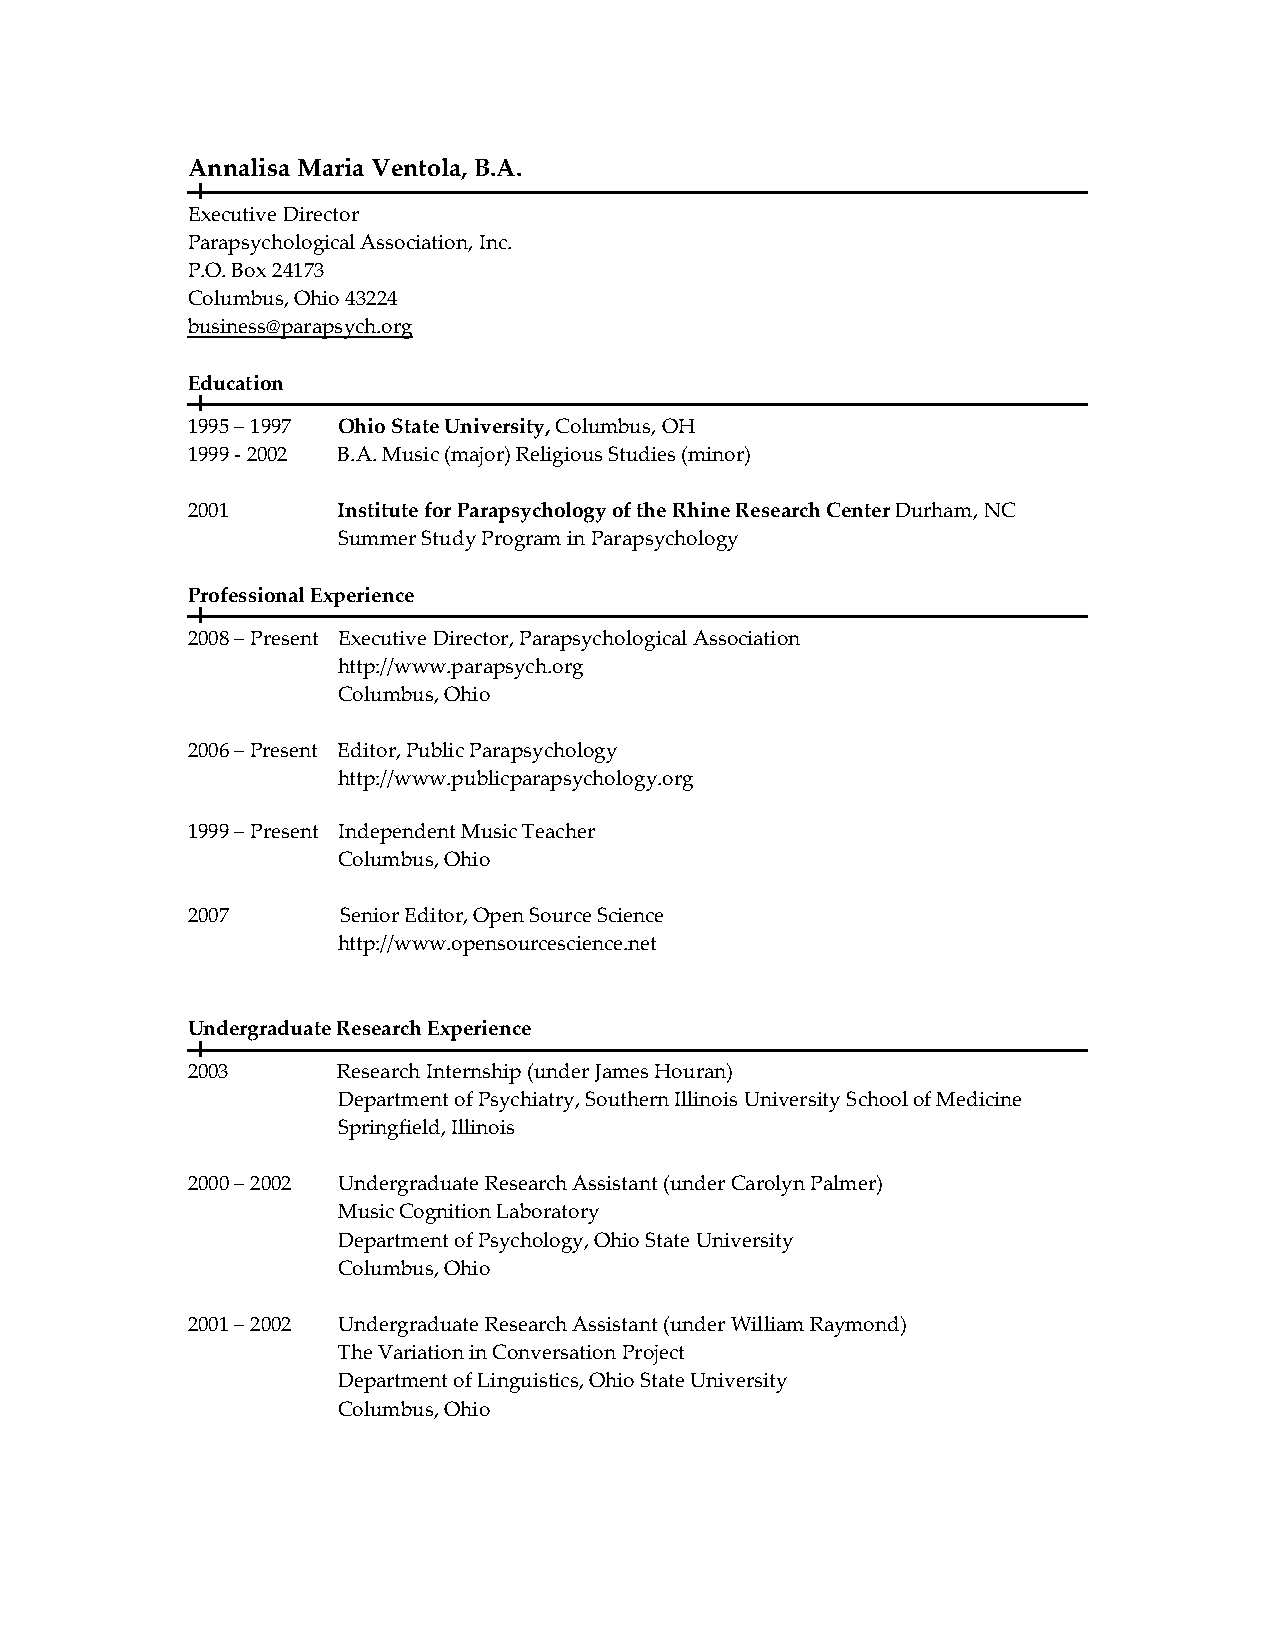
Annalisa Maria Ventola, B.A.
 Executive Director
 Parapsychological Association, Inc.
 P.O. Box 24173
 Columbus, Ohio 43224
 business@parapsych.org
 Education
 1995 – 1997 Ohio State University, Columbus, OH
 1999 - 2002 B.A. Music (major) Religious Studies (minor)
 2001      Institute for Parapsychology of the Rhine Research Center Durham, NC
 Summer Study Program in Parapsychology
 Professional Experience
 2008 – Present Executive Director, Parapsychological Association
 http://www.parapsych.org
 Columbus, Ohio
 2006 – Present Editor, Public Parapsychology
 http://www.publicparapsychology.org
 1999 – Present Independent Music Teacher
 Columbus, Ohio
 2007       Senior Editor, Open Source Science
 http://www.opensourcescience.net
 Undergraduate Research Experience
 2003      Research Internship (under James Houran)
 Department of Psychiatry, Southern Illinois University School of Medicine
 Springfield, Illinois
 2000 – 2002 Undergraduate Research Assistant (under Carolyn Palmer)
 Music Cognition Laboratory
 Department of Psychology, Ohio State University
 Columbus, Ohio
 2001 – 2002 Undergraduate Research Assistant (under William Raymond)
 The Variation in Conversation Project
 Department of Linguistics, Ohio State University
 Columbus, Ohio